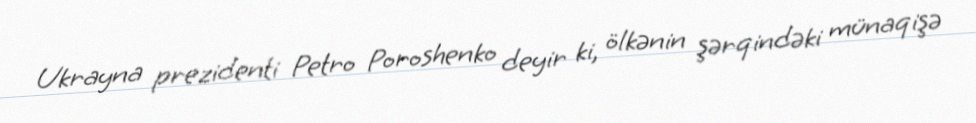
Ukrayna prezidenti Petro Poroshenko deyir ki, ölkənin şərqindəki münaqişə